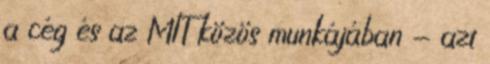
a cég és az MIT közös munkájában - azt